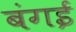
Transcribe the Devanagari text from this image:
बंगई